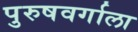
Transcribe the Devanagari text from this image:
पुरुषवर्गाला